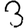
Digit: 3